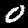
Digit: 0